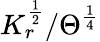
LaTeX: K_{r}^{\frac{1}{2}}/\Theta^{\frac{1}{4}}